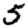
Digit: 5